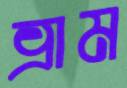
ভ্রাম